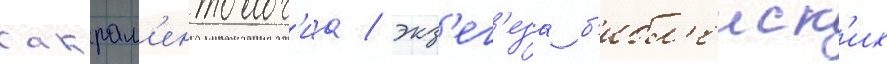
сакрам'ентолог'иа / экз'ег'еза б'ибл'еиск'их